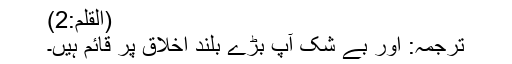
(القلم:2)
ترجمہ: اور بے شک آپ بڑے بلند اخلاق پر قائم ہیں۔